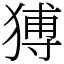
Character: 猼